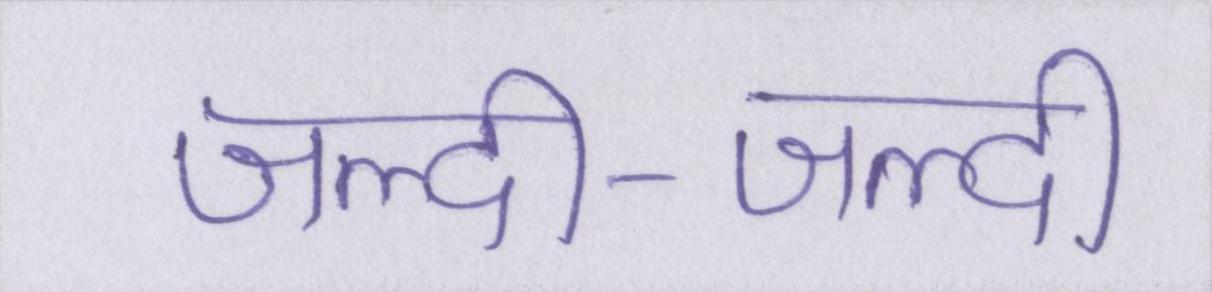
जल्दी-जल्दी